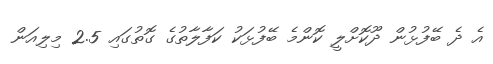
އެ ދެ ބޭފުޅުން ދޫކޮށްލީ ކޮންމެ ބޭފުޅަކު ކަފާލާތުގެ ގޮތުގައި 2.5 މިލިއަން